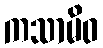
ကသာမိဝ